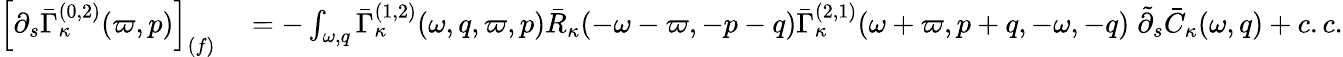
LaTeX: \begin{array}{rl}{\left[\partial_{s}\bar{\Gamma}_{\kappa}^{(0,2)}(\varpi,p)\right]_{(f)}}&{{}=-\int_{\omega,q}\bar{\Gamma}_{\kappa}^{(1,2)}(\omega,q,\varpi,p)\bar{R}_{\kappa}(-\omega-\varpi,-p-q)\bar{\Gamma}_{\kappa}^{(2,1)}(\omega+\varpi,p+q,-\omega,-q)\; \tilde{\partial}_{s}\bar{C}_{\kappa}(\omega,q)+c.c.}\end{array}